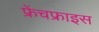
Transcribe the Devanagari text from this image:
फ्रेंचफ्राइस